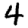
Digit: 4